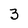
Character: 3